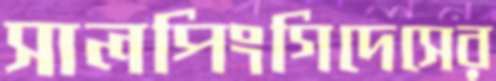
সালপিংগিদেসের